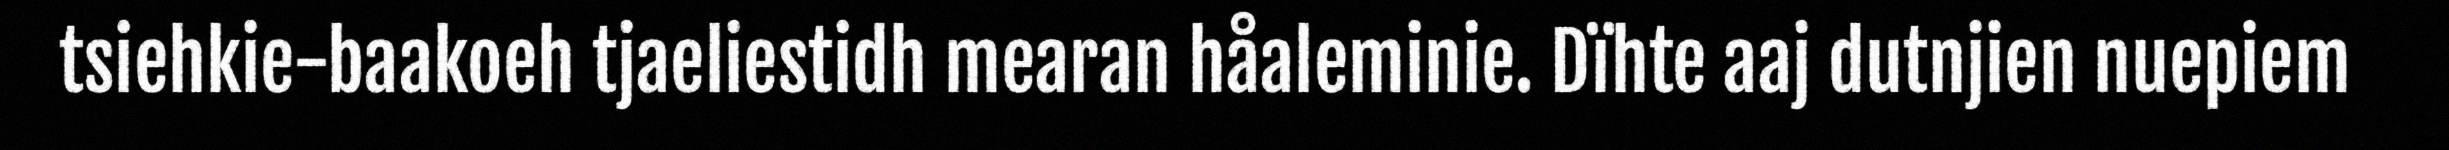
tsiehkie-baakoeh tjaeliestidh mearan håaleminie. Dïhte aaj dutnjien nuepiem